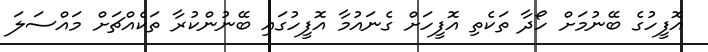
އޮފީހުގެ ބޭނުމަށް ހޯދާ ތަކެތި އޮފީހަށް ގެނައުމާ އޮފީހުގައި ބޭނުންކުރާ ތަކެއްޗަށް މައްސަލަ